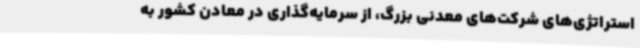
استراتژی‌های شرکت‌های معدنی بزرگ، از سرمایه‌گذاری در معادن کشور به